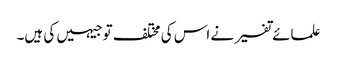
علمائے تفسیر نے اس کی مختلف توجیہیں کی ہیں۔